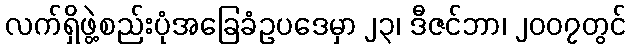
လက်ရှိဖွဲ့စည်းပုံအခြေခံဥပဒေမှာ ၂၃၊ ဒီဇင်ဘာ၊ ၂၀၀၇တွင်